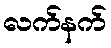
လက်နက်